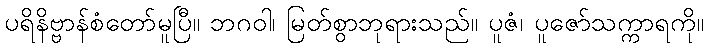
ပရိနိဗ္ဗာန်စံတော်မူပြီ။ ဘဂဝါ၊ မြတ်စွာဘုရားသည်။ ပူဇံ၊ ပူဇော်သက္ကာရကို။